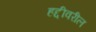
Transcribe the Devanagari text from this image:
हद्दीवरील